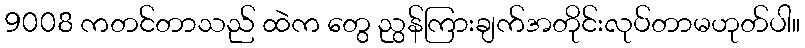
9008 ကတင်တာသည် ထဲက တွေ ညွန်ကြားချက်အတိုင်းလုပ်တာမဟုတ်ပါ။